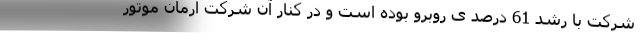
شرکت با رشد 61 درصد ی روبرو بوده است و در کنار آن شرکت آرمان موتور